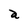
Character: a